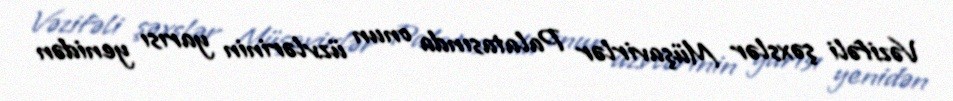
Vəzifəli şəxslər Müşavirlər Palatasında onun üzvlərinin yarısı yenidən